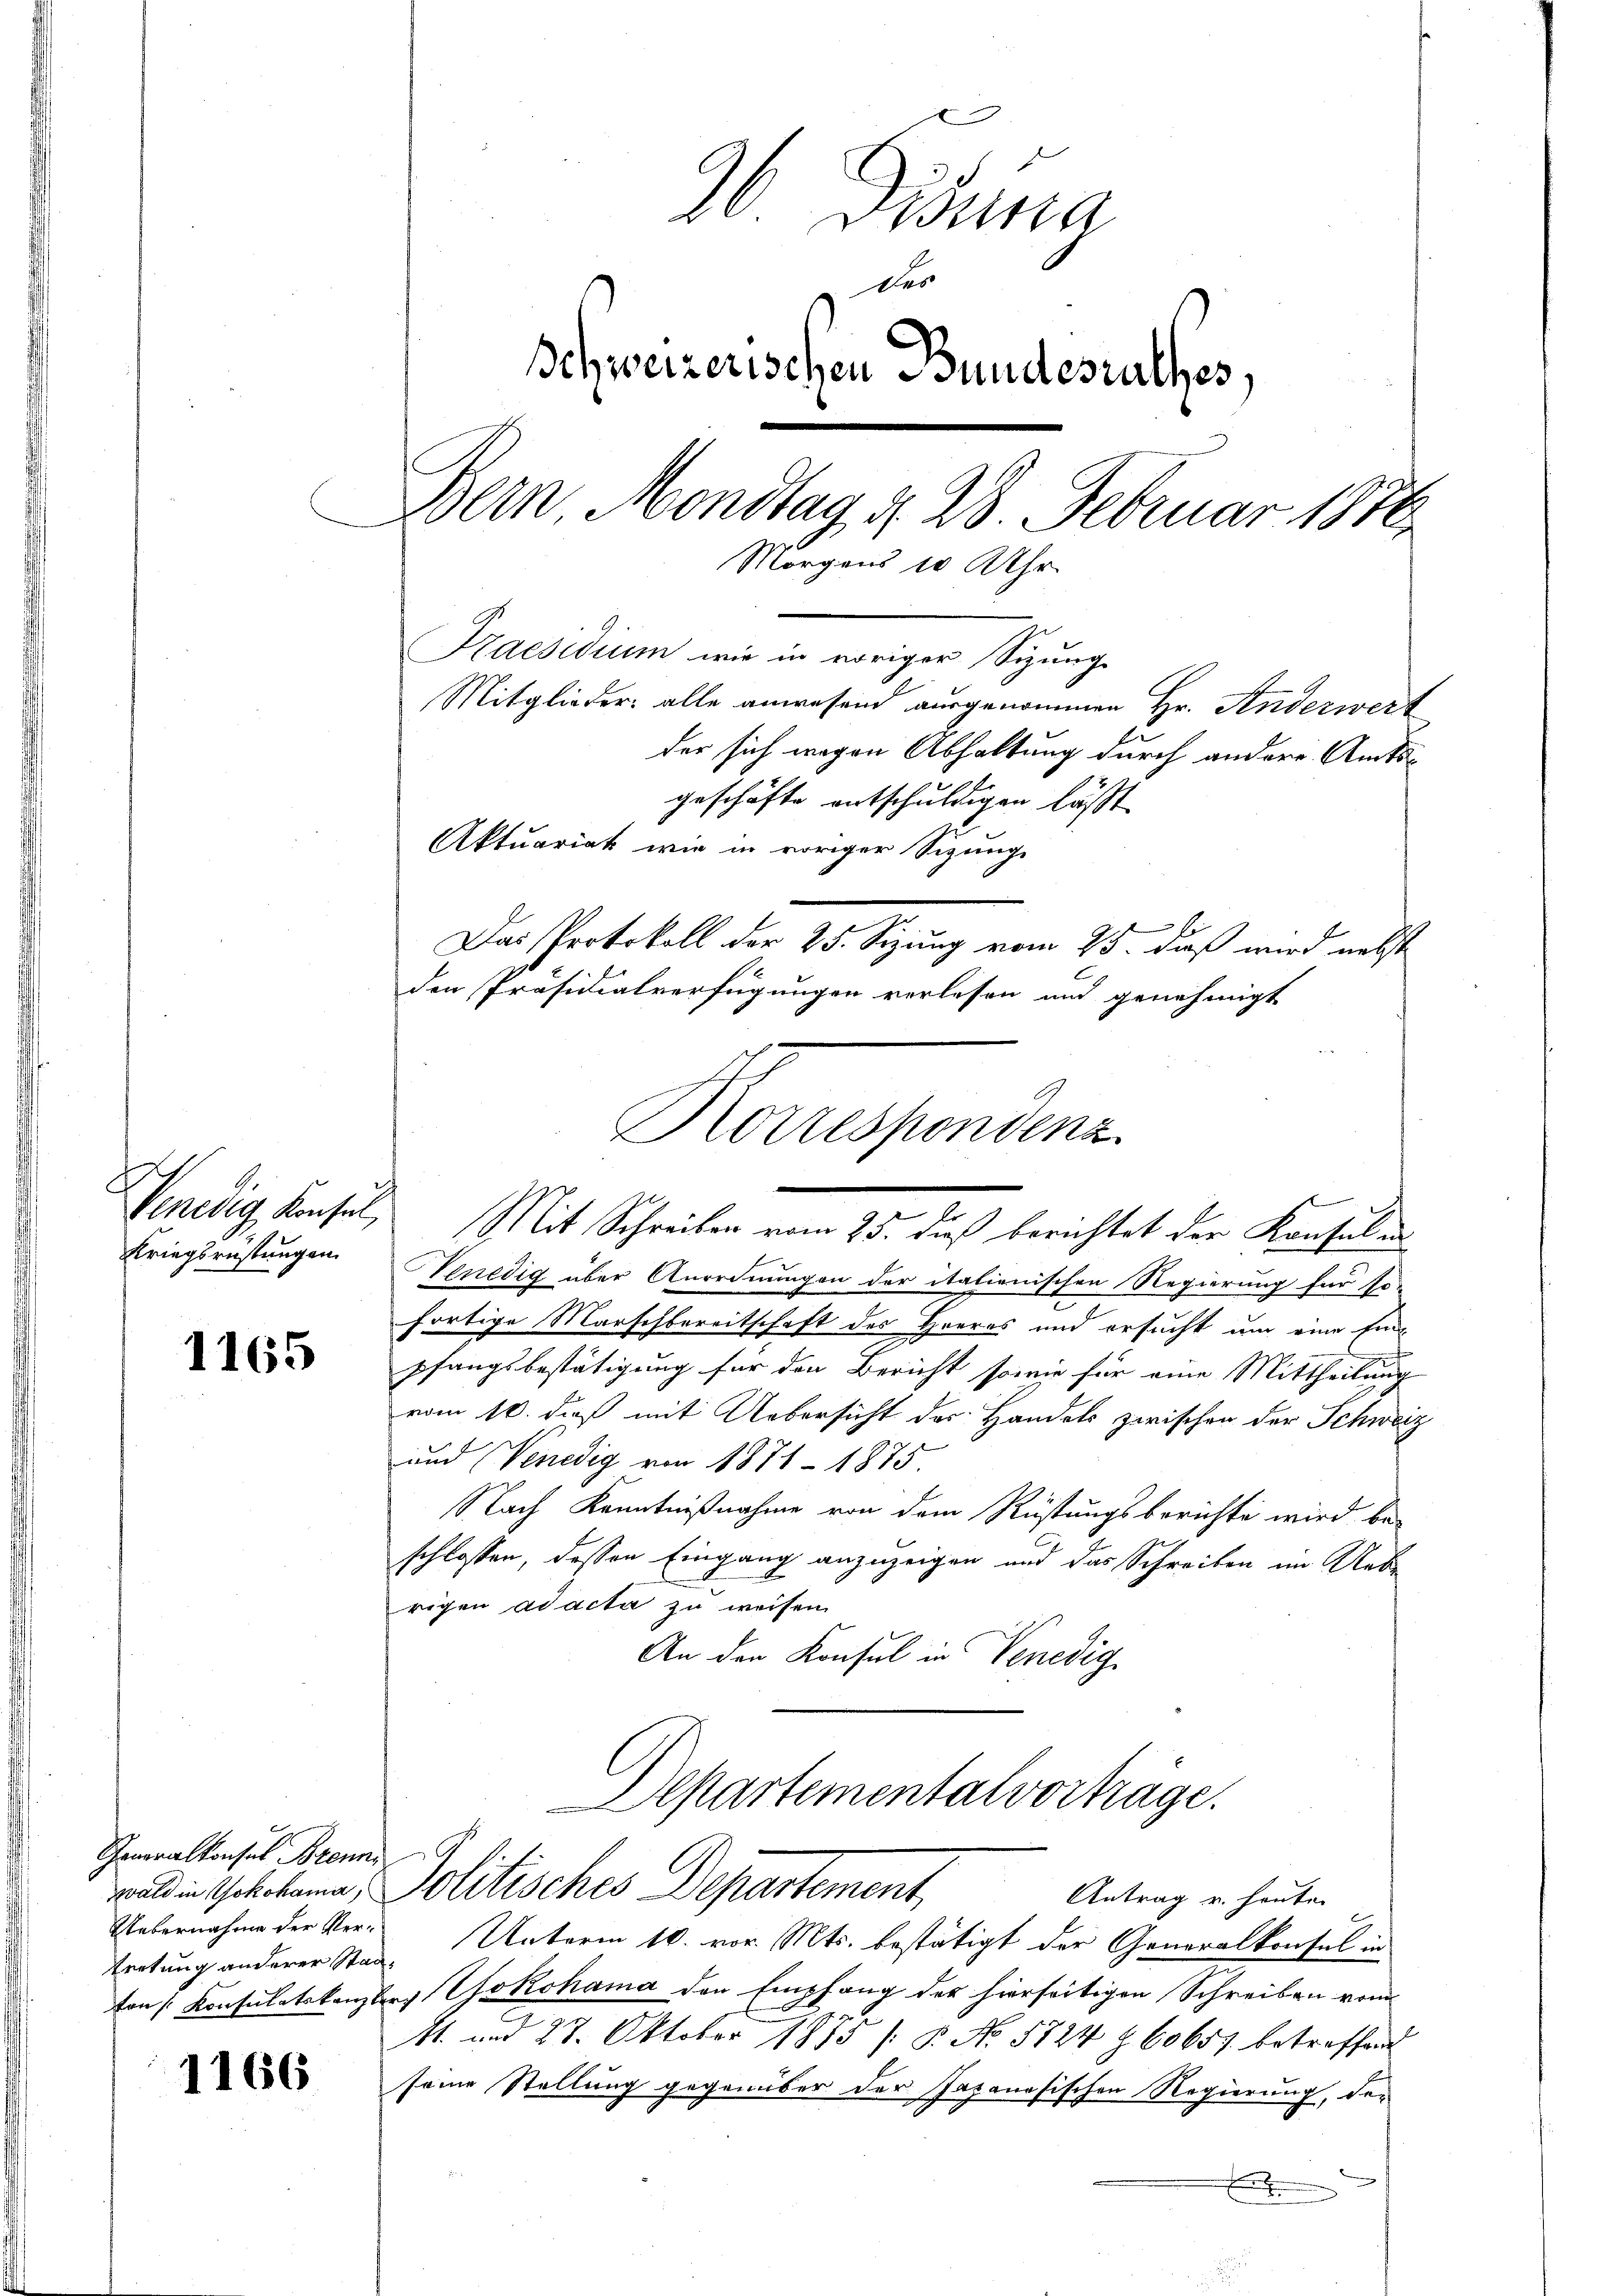
Venedig Konsel,
Kriegsrüstungen

1165

Generalkonsul Brenn
wald in Yokohama,
Leitung anderer Staa¬

1166

26 Fina
des
Ichweizerischen Bundesrathes,
Bern Mondtag d. 28. Februar 1876
Morgens 10 Uhr
Praesidium wie in weiger Sitzunge
Mitglieder, alle anwesend ausgenommen Hr. Anderwert
der sich wegen Abhaltung durch andere Amtsgeschäfte entschuldigen lässt
Aktuariat wie in voriger Sizung

Das Protokoll der 25. Sizung vom 25. daß wird nebst
den Präsidialverfügungen verlesen und genehmigt
Mit Schreiben vom 25. dieß berichtet der Konsul in
Venedig über Anordnungen der italienischen Regierung für so-
fortige Marschbereitschaft des Heeres und ersucht um eine Einpfangsbestätigung für den Bericht sowie für eine Mittheilung
vom 10. dieß mit Uebersicht des Handels zwischen der Schweiz
und Venedig von 1871 - 1875
Nach Kenntnißnahme von dem Rüstungsberichte wird be
schlossen, dessen Eingang anzuzeigen und das Schreiben im Uebe
rigen ad acta zu weisen.
An den Konsul in Venedig
Departemental vorträge.
Politisches Departement,
Antrag u. heuten
Uebernahme der Ver- Unterm 10. vor. Mts. bestätigt der Generalkonsul in
ton Konsulatskanzler Yokohama den Empfang des hierseitigen Schreiben vom
M. und 27. Oktober 1875 /B. No. 5724 § 60657 betreffend
seine Stellung gegenüber der Japanösischen Regierung, der
.

Korrespondenz
.
2